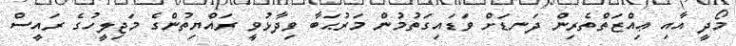
މޯދީ އާއި ޢިއްޒަތްތެރިން ދަނޑަށް ވަޑައިގަތުމުން މަރުޙަބާ ވިދާޅުވީ ރައްޔިތުންގެ މަޖިލީހުގެ ރައީސް